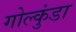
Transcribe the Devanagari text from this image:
गोल्कुंडा